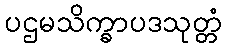
ပဌမသိက္ခာပဒသုတ္တံ